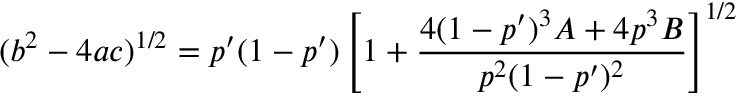
( b ^ { 2 } - 4 a c ) ^ { 1 / 2 } = p ^ { \prime } ( 1 - p ^ { \prime } ) \left[ 1 + \frac { 4 ( 1 - p ^ { \prime } ) ^ { 3 } A + 4 p ^ { 3 } B } { p ^ { 2 } ( 1 - p ^ { \prime } ) ^ { 2 } } \right] ^ { 1 / 2 }